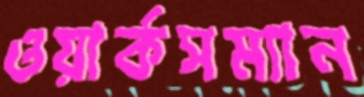
ওয়ার্কসম্যান